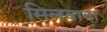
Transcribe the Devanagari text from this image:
सिलवाया